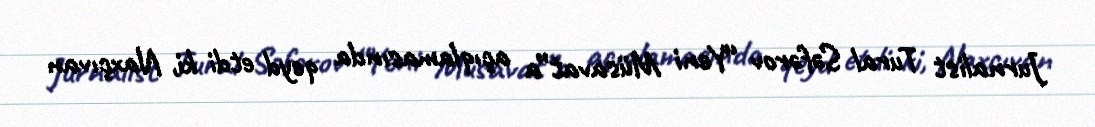
Jurnalist Tural Səfərov “Yeni Müsavat”a açıqlamasında qeyd etdi ki, Naxçıvan